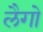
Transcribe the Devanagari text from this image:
लैगो